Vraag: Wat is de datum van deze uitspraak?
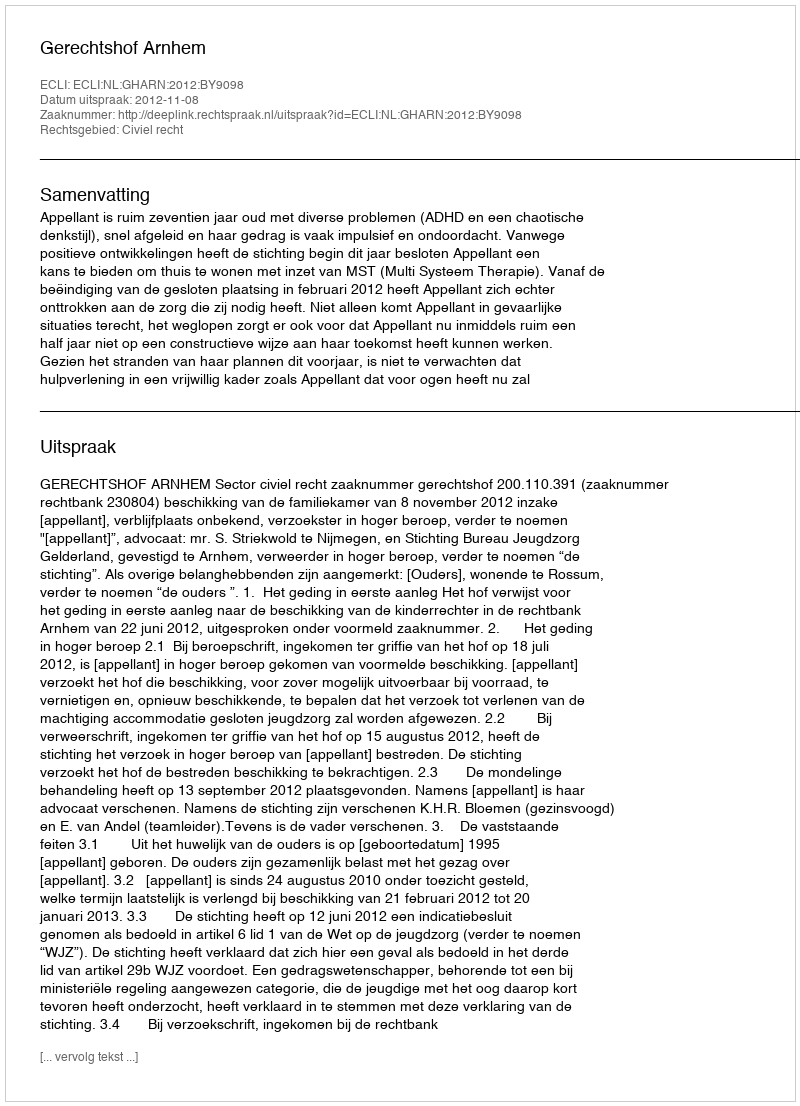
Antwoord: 2012-11-08